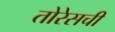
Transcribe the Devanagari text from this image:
तोरेसची